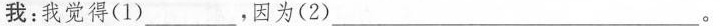
我：我觉得(1)___，因为(2)___。